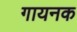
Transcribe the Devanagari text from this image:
गायनक